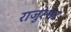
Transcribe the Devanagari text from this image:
राजुरेश्वर